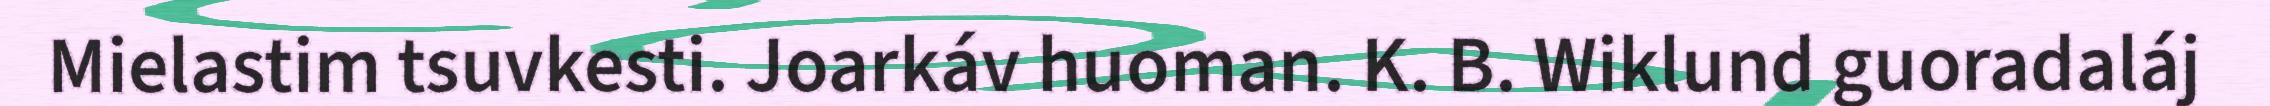
Mielastim tsuvkesti. Joarkáv huoman. K. B. Wiklund guoradaláj